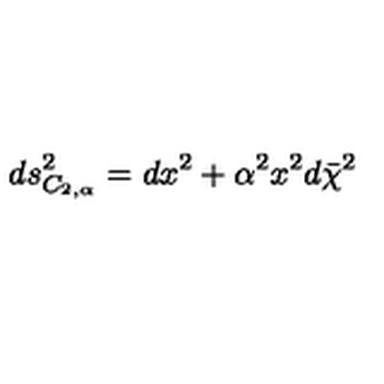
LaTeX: d s _ { C _ { 2 , \alpha } } ^ { 2 } = d x ^ { 2 } + \alpha ^ { 2 } x ^ { 2 } d \bar { \chi } ^ { 2 }